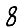
Digit: 8